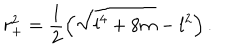
r _ { + } ^ { 2 } = \frac { 1 } { 2 } \left( \sqrt { l ^ { 4 } + 8 m } - l ^ { 2 } \right) .